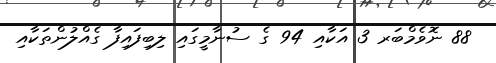
88 ނޮވެމްބަރ 3 އަކާއި 94 ގެ ސުނާމީގައި ލިބިފައިފާ ގެއްލުންތަކާއި